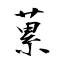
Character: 蔂